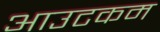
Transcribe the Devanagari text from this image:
आउटकम